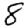
Digit: 8